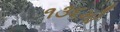
૧૩૬મો